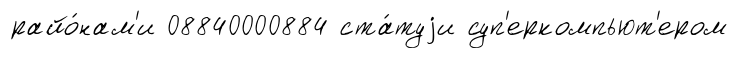
райо́нам'и 08840000884 ста́туjи суп'еркомпьют'ером